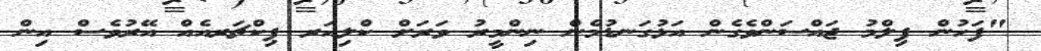
"ފަހުން ފިލްމު ޖައްސަންވެގެން އަޅުގަނޑުމެން ނިންމީރު ވަރަށް ކްލިއަރ ޕިކްޗަރއެއް އޭރުވެސް އިން